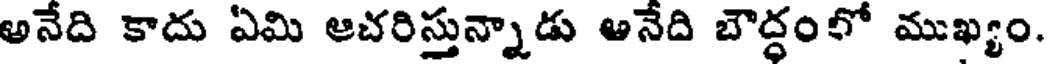
అనేది కాదు ఏమి ఆచరిస్తున్నాడు అనేది బౌద్ధంలో ముఖ్యం.